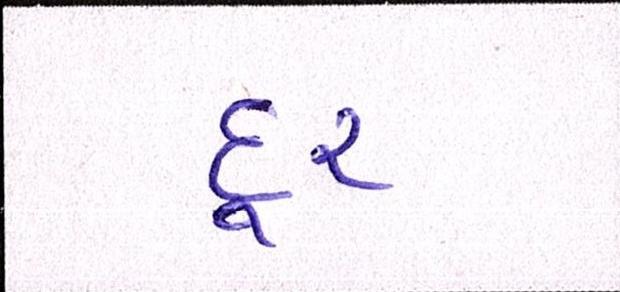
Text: દુર